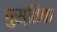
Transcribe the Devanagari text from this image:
पुस्तिक